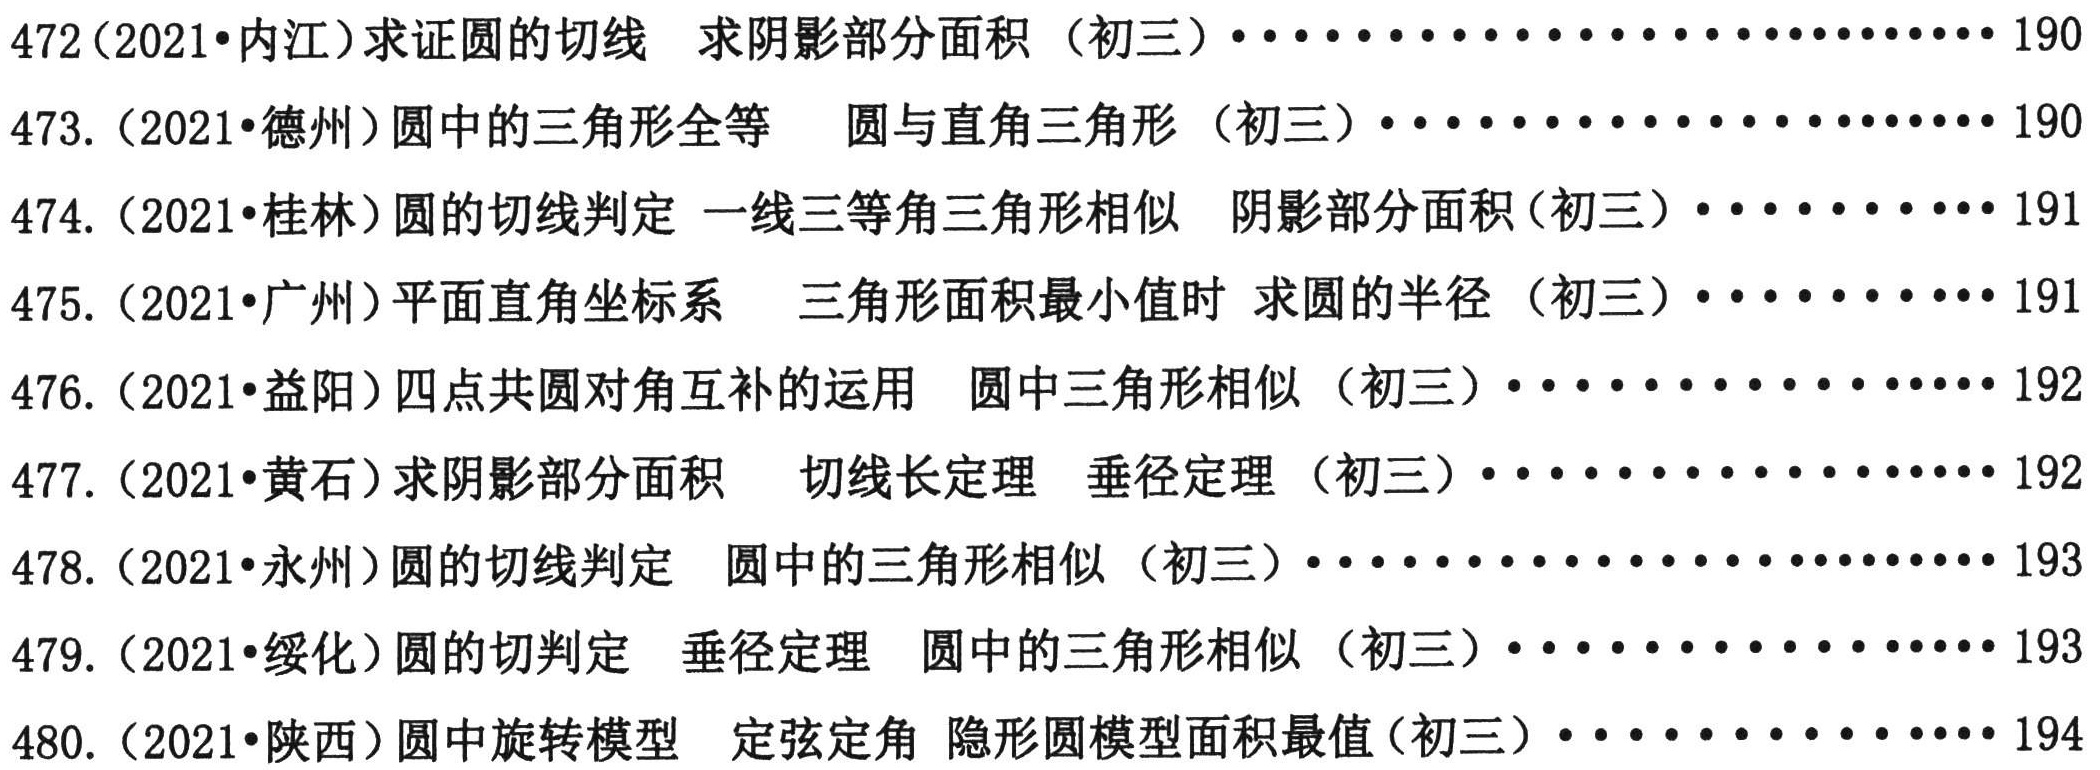
472(2021\cdot 内江)求证圆的切线  求阴影部分面积（初三）\cdots\cdots\cdots\cdots\cdots\cdots\cdots\cdots190\\
473.(2021\cdot 德州)圆中的三角形全等  圆与直角三角形（初三）\cdots\cdots\cdots\cdots\cdots\cdots\cdots\cdots190\\
474.(2021\cdot 桂林)圆的切线判定 一线三等角三角形相似  阴影部分面积(初三)\cdots\cdots\cdots\cdots191\\
475.(2021\cdot 广州)平面直角坐标系  三角形面积最小值时 求圆的半径（初三）\cdots\cdots\cdots\cdots191\\
476.(2021\cdot 益阳)四点共圆对角互补的运用  圆中三角形相似（初三）\cdots\cdots\cdots\cdots\cdots\cdots192\\
477.(2021\cdot 黄石)求阴影部分面积  切线长定理  垂径定理（初三）\cdots\cdots\cdots\cdots\cdots\cdots192\\
478.(2021\cdot 永州)圆的切线判定  圆中的三角形相似（初三）\cdots\cdots\cdots\cdots\cdots\cdots\cdots\cdots193\\
479.(2021\cdot 绥化)圆的切判定  垂径定理  圆中的三角形相似（初三）\cdots\cdots\cdots\cdots\cdots\cdots193\\
480.(2021\cdot 陕西)圆中旋转模型  定弦定角 隐形圆模型面积最值(初三)\cdots\cdots\cdots\cdots\cdots\cdots194